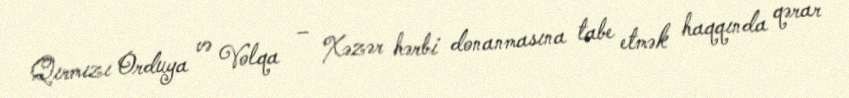
Qırmızı Orduya və Volqa – Xəzər hərbi donanmasına tabe etmək haqqında qərar